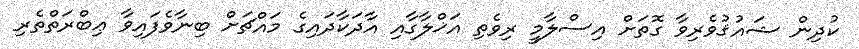
ކުދިން ޝައުޤުވެރިވާ ގޮތަށް އިސްލާމީ ރިވެތި އަޚްލާގާއި އާދަކާދައިގެ މައްޗަށް ބިނާވެފައިވާ ޢިބްރަތްތެރި